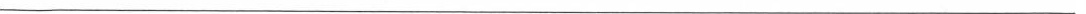
___